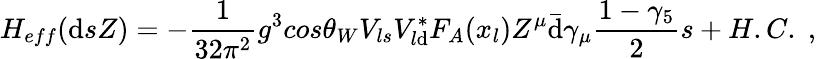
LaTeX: H_{eff}(\mathrm{d}sZ)=-{\frac{{1}}{{32\pi^{2}}}}g^{3}cos\theta_{W}V_{ls}V_{l\mathrm{d}}^{*}F_{A}(x_{l})Z^{\mu}\bar{{\mathrm{d}}}\gamma_{\mu}{\frac{{1-\gamma_{5}}}{{2}}}s+H.C.\; ,